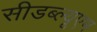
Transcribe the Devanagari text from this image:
सीडब्ल्यूएम